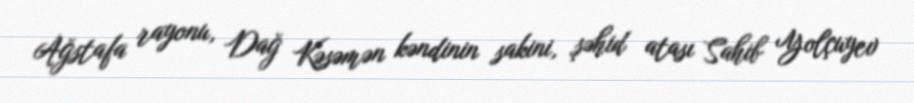
Ağstafa rayonu, Dağ Kəsəmən kəndinin sakini, şəhid atası Sahib Yolçuyev